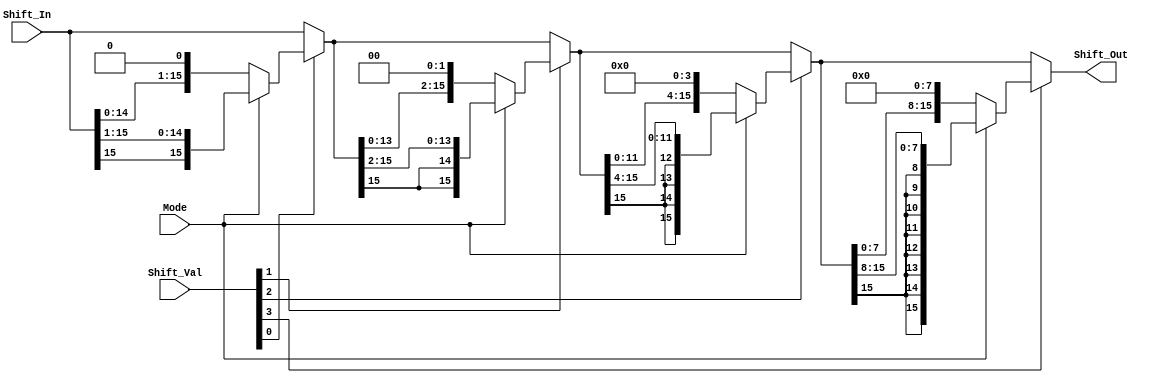
module Shifter(Shift_Out, Shift_In, Shift_Val, Mode);
    input [15:0] Shift_In;
    input[3:0] Shift_Val;
    input Mode;
    output [15:0] Shift_Out;

    wire [15:0] a, b, c, d;

    assign a = Shift_Val[0] ? ( Mode ? { Shift_In[15], Shift_In[15:1] } : { Shift_In[14:0] , 1'b0 } ) : Shift_In;
    assign b = Shift_Val[1] ? ( Mode ? { {2{a[15]}} , a[15:2] } : { a[13:0] , {2{1'b0}} } ) : a;
    assign c = Shift_Val[2] ? ( Mode ? { {4{b[15]}} , b[15:4] } : { b[11:0] , {4{1'b0}} } ) : b;
    assign d = Shift_Val[3] ? ( Mode ? { {8{c[15]}} , c[15:8] } : { c[7:0] , {8{1'b0}} } ) : c;

    assign Shift_Out = d;




endmodule